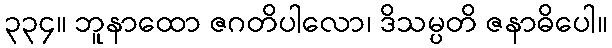
၃၃၄။ ဘူနာထော ဇဂတိပါလော၊ ဒိသမ္ပတိ ဇနာဓိပေါ။